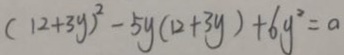
( 1 2 + 3 y ) ^ { 2 } - 5 y ( 1 2 + 3 y ) + 6 y ^ { 2 } = a